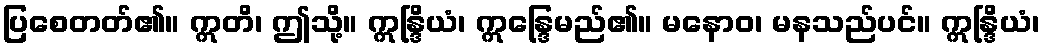
ပြစေတတ်၏။ ဣတိ၊ ဤသို့။ ဣန္ဒြိယံ၊ ဣန္ဒြေမည်၏။ မနောဝ၊ မနသည်ပင်။ ဣန္ဒြိယံ၊